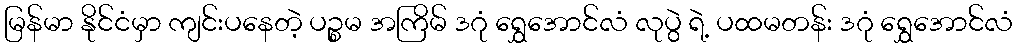
မြန်မာ နိုင်ငံမှာ ကျင်းပနေတဲ့ ပဉ္စမ အကြိမ် ဒဂုံ ရွှေအောင်လံ လုပွဲ ရဲ့ ပထမတန်း ဒဂုံ ရွှေအောင်လံ